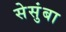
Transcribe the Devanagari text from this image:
सेसुंबा